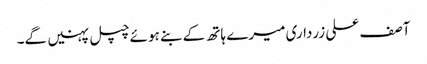
آصف علی زرداری میرے ہاتھ کے بنے ہوئے چپل پہنیں گے۔